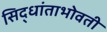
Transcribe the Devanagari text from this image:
सिद्धांताभोवती